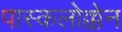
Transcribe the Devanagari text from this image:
पास्कलोक्केन